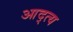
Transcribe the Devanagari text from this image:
आद्त्य